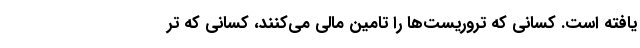
یافته است. کسانی که تروریست‌ها را تامین مالی می‌کنند، کسانی که تر